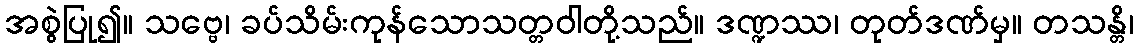
အစွဲပြု၍။ သဗ္ဗေ၊ ခပ်သိမ်းကုန်သောသတ္တဝါတို့သည်။ ဒဏ္ဍဿ၊ တုတ်ဒဏ်မှ။ တသန္တိ၊